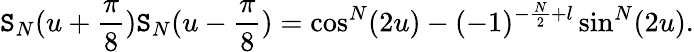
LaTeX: \mathtt{S}_{N}(u+\frac{{\pi}}{{8}})\mathtt{S}_{N}(u-\frac{{\pi}}{{8}})=\cos^{N}(2u)-(-1)^{-\frac{{N}}{{2}}+l}\sin^{N}(2u).